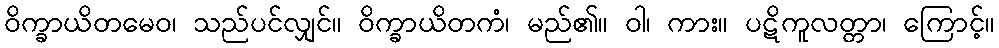
ဝိက္ခာယိတမေဝ၊ သည်ပင်လျှင်။ ဝိက္ခာယိတကံ၊ မည်၏။ ဝါ၊ ကား။ ပဋိကူလတ္တာ၊ ကြောင့်။